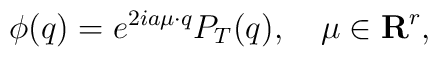
\phi(q)=e^{2ia\mu\cdot q}P_T(q),\quad \mu\in{\bf R}^r,